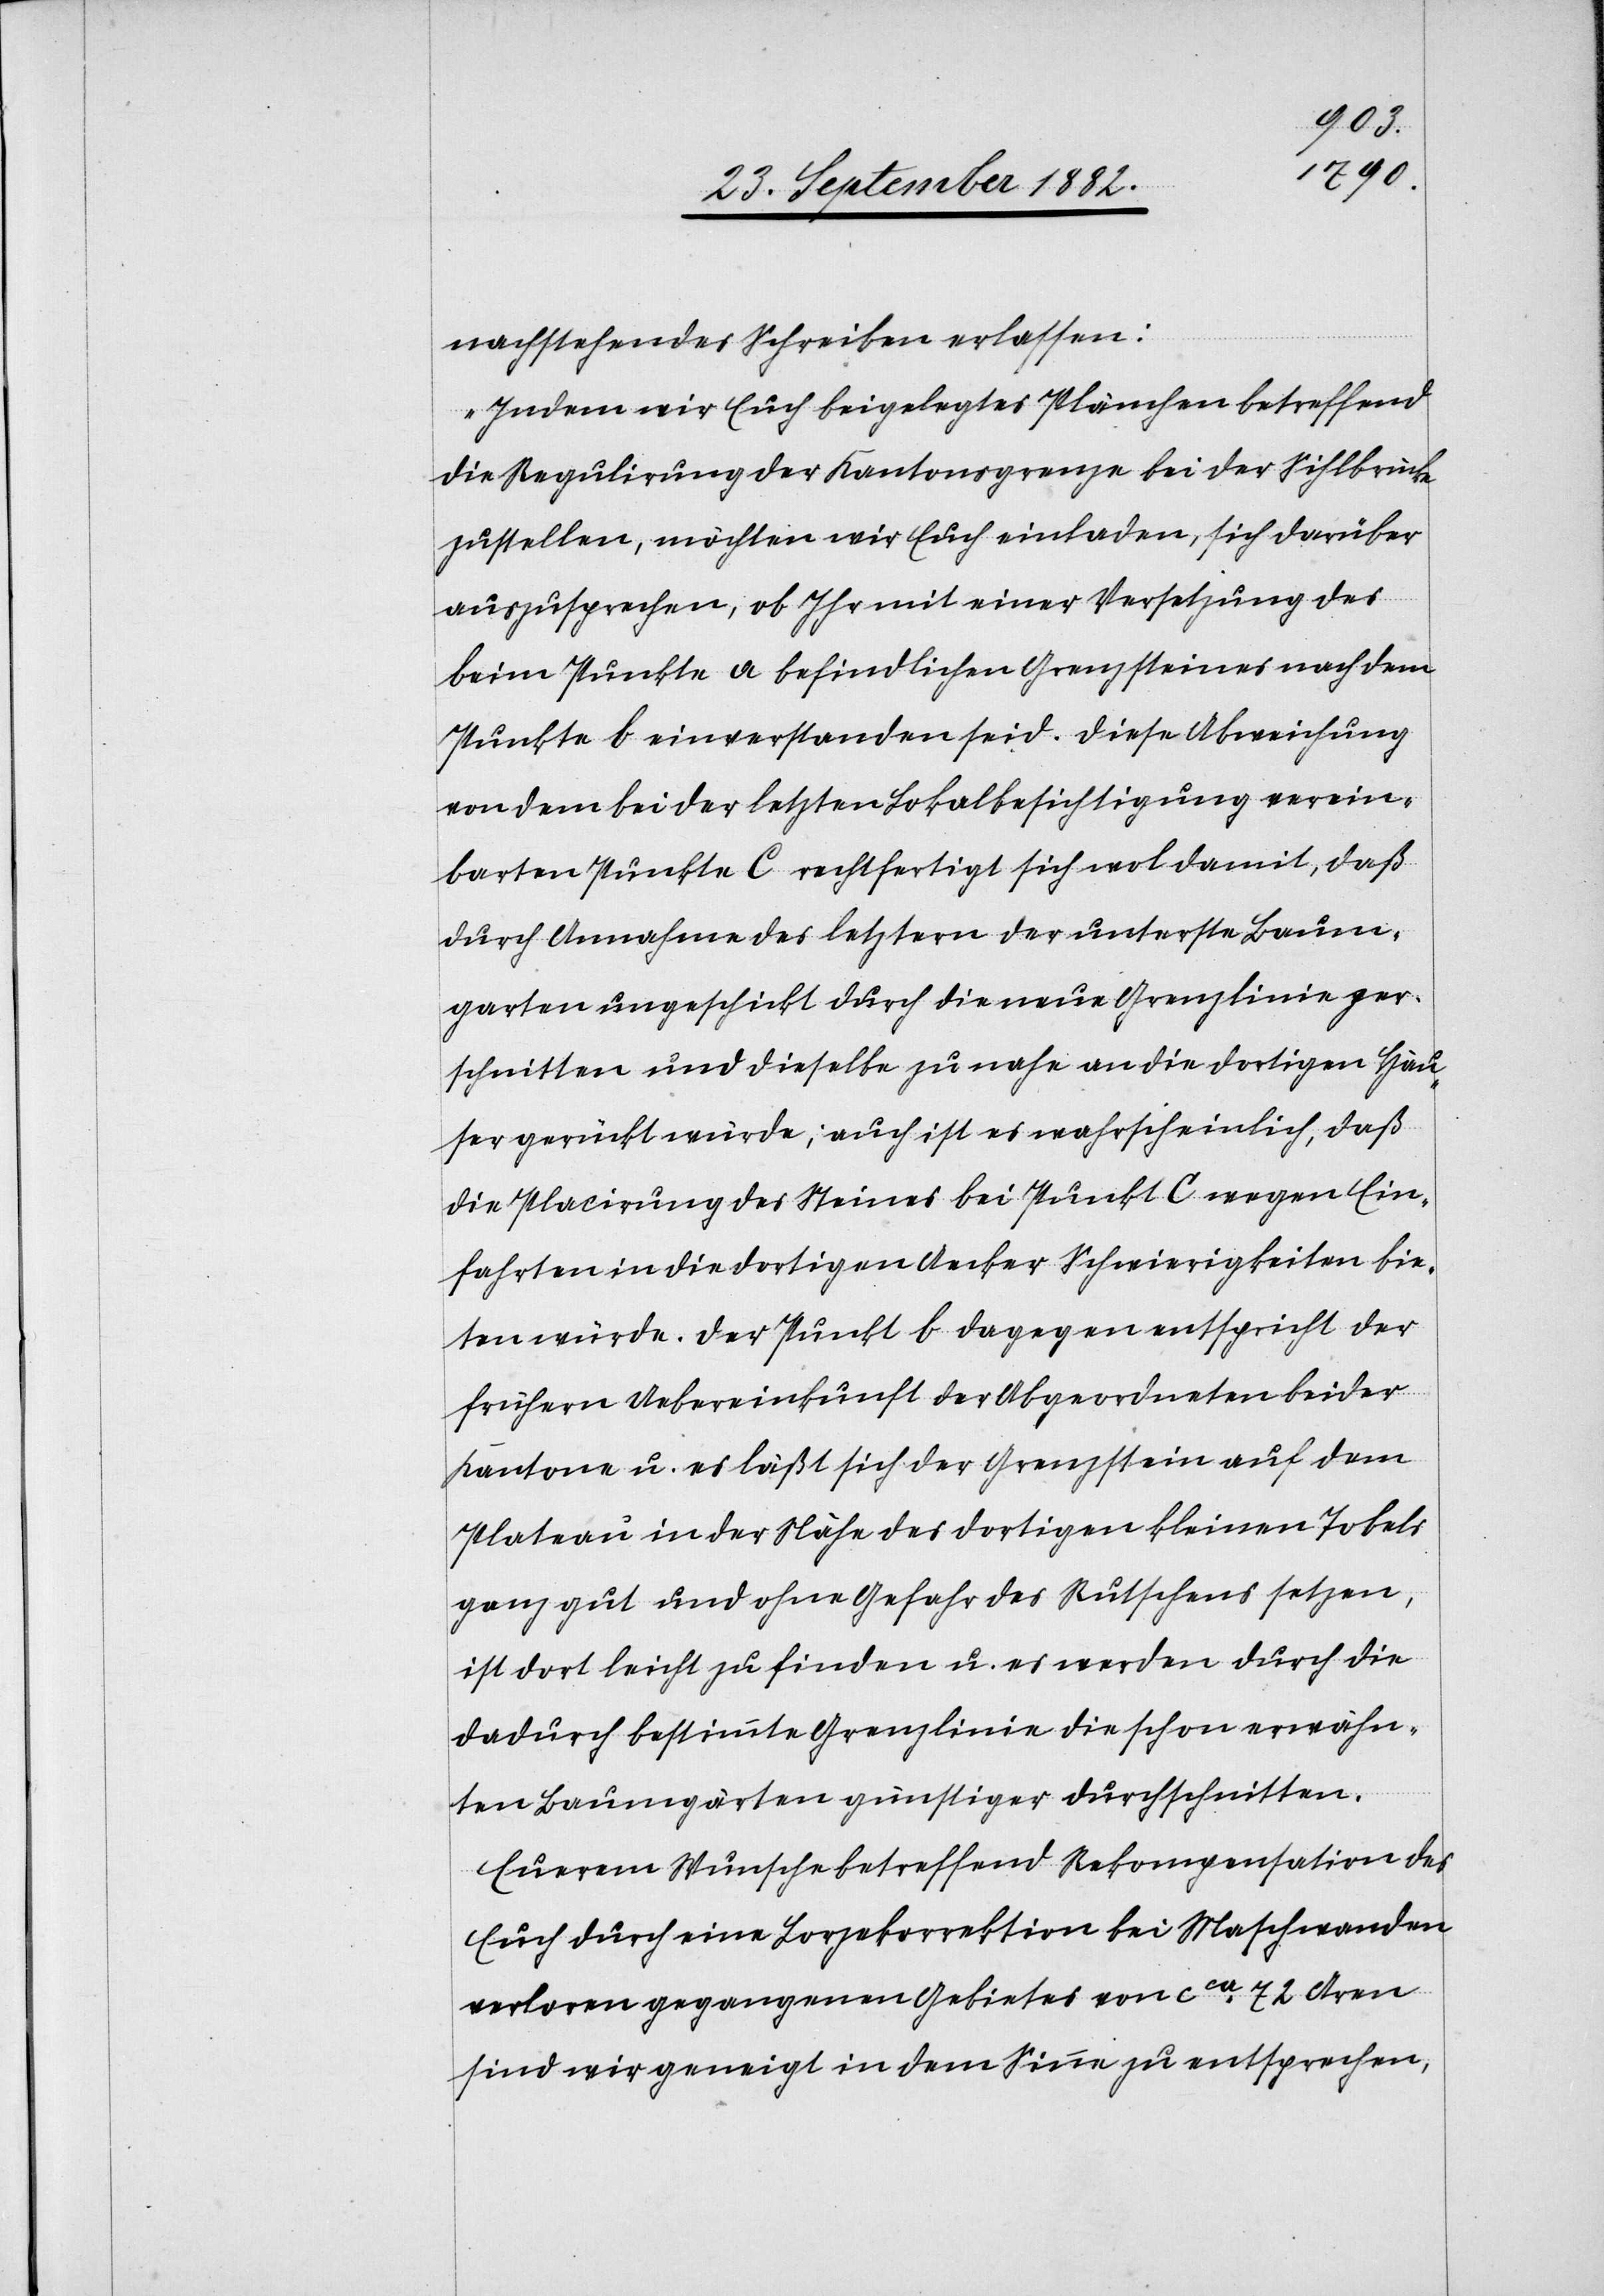
nachstehendes Schreiben erlassen:
„Indem wir Euch beigelegtes Plänchen betreffend
die Regulirung der Kantonsgrenze bei der Sihlbrücke
zustellen, möchten wir Euch einladen, sich darüber
auszusprechen, ob Ihr mit einer Versetzen des
beim Punkte a befindlichen Grenzsteines nach dem
Punkte b einverstanden seid. Diese Abweichung
von dem bei der letzten Lokalbesichtigung verein¬
barten Punkte C rechtfertigt sich wol damit, daß
durch Annahme des letztern der unterste Baum¬
garten ungeschickt durch die neue Grenzlinie zer¬
schnitten und dieselbe zu nahe an die dortigen Häu¬
ser gerückt würde; auch ist es wahrscheinlich, daß
die Placirung des Steines bei Punkt C wegen Ein¬
fahrten in die dortigen Aecker Schwierigkeiten bie¬
ten würde. Der Punkt b dagegen entspricht der
frühern Uebereinkunft der Abgeordneten beider
Kantone u. es läßt sich der Grenzstein auf dem
Plateau in der Nähe des dortigen kleinen Tobels
ganz gut und ohne Gefahr des Rutschens setzen,
ist dort leicht zu finden u. es werden durch die
dadurch bestimmte Grenzlinie die schon erwähn¬
ten Baumgärten günstiger durchschnitten.
Euerem Wunsche betreffend Rekompensation des
Euch durch eine Lorzekorrektion bei Maschwanden
verloren gegangenen Gebietes von ca 72 Aren
sind wir geneigt in dem Sinne zu entsprechen,